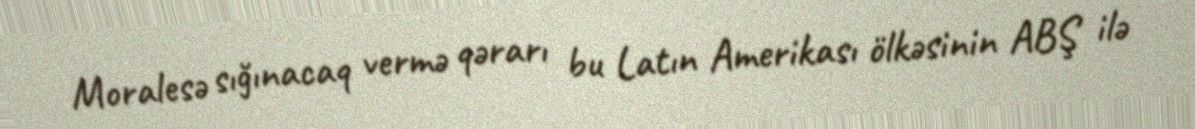
Moralesə sığınacaq vermə qərarı bu Latın Amerikası ölkəsinin ABŞ ilə